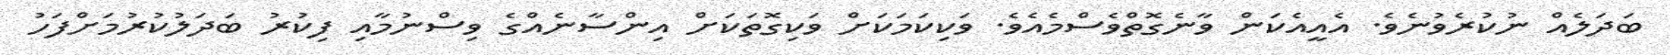
ބަދަލެއް ނުކުރެވުނެވެ. އެއީއެކަން ވާނެގޮތްވެސްމެއެވެ. ވަކިކަމަކަށް ވަކިގޮތަކަށް އިންސާނެއްގެ ވިސްނުމާއި ފިކުރު ބަދަލުކުރުމަށްފަހު